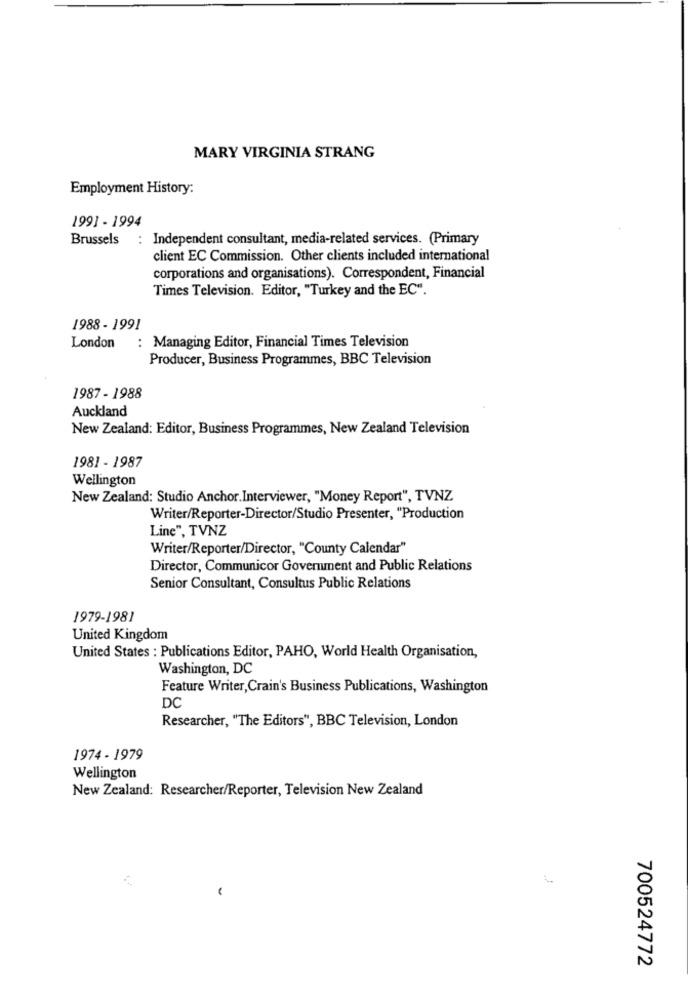
MARY VIRGINIA STRANG
Employment History:
1991 - 1994
Brussels
: Independent consultant, media-related services. (Primary
client EC Commission. Other clients included international
corporations and organisations). Correspondent, Financial
Times Television. Editor, "Turkey and the EC".
1988 - 1991
London
: Managing Editor, Financial Times Television
Producer, Business Programmes, BBC Television
1987 - 1988
Auckland
New Zealand: Editor, Business Programmes, New Zealand Television
1981 - 1987
Wellington
New Zealand: Studio Anchor.Interviewer, "Money Report", TVNZ
Writer/Reporter-Director/Studio Presenter, "Production
Line", TVNZ
Writer/Reporter/Director, "County Calendar"
Director, Communicor Government and Public Relations
Senior Consultant, Consultus Public Relations
1979-1981
United Kingdom
United States : Publications Editor, PAHO, World Health Organisation,
Washington, DC
Feature Writer, Crain's Business Publications, Washington
DC
Researcher, "The Editors", BBC Television, London
1974 - 1979
Wellington
New Zealand: Researcher/Reporter, Television New Zealand
700524772